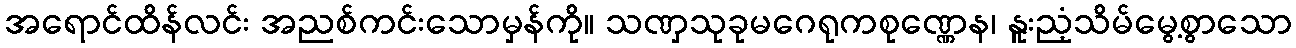
အရောင်ထိန်လင်း အညစ်ကင်းသောမှန်ကို။ သဏှသုခုမဂေရုကစုဏ္ဏေန၊ နူးညံ့သိမ်မွေ့စွာသော